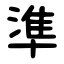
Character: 準